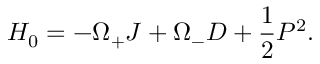
H _ { 0 } = - \Omega _ { + } J + \Omega _ { - } D + \frac { 1 } { 2 } P ^ { 2 } .